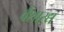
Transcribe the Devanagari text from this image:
वैशारद्य